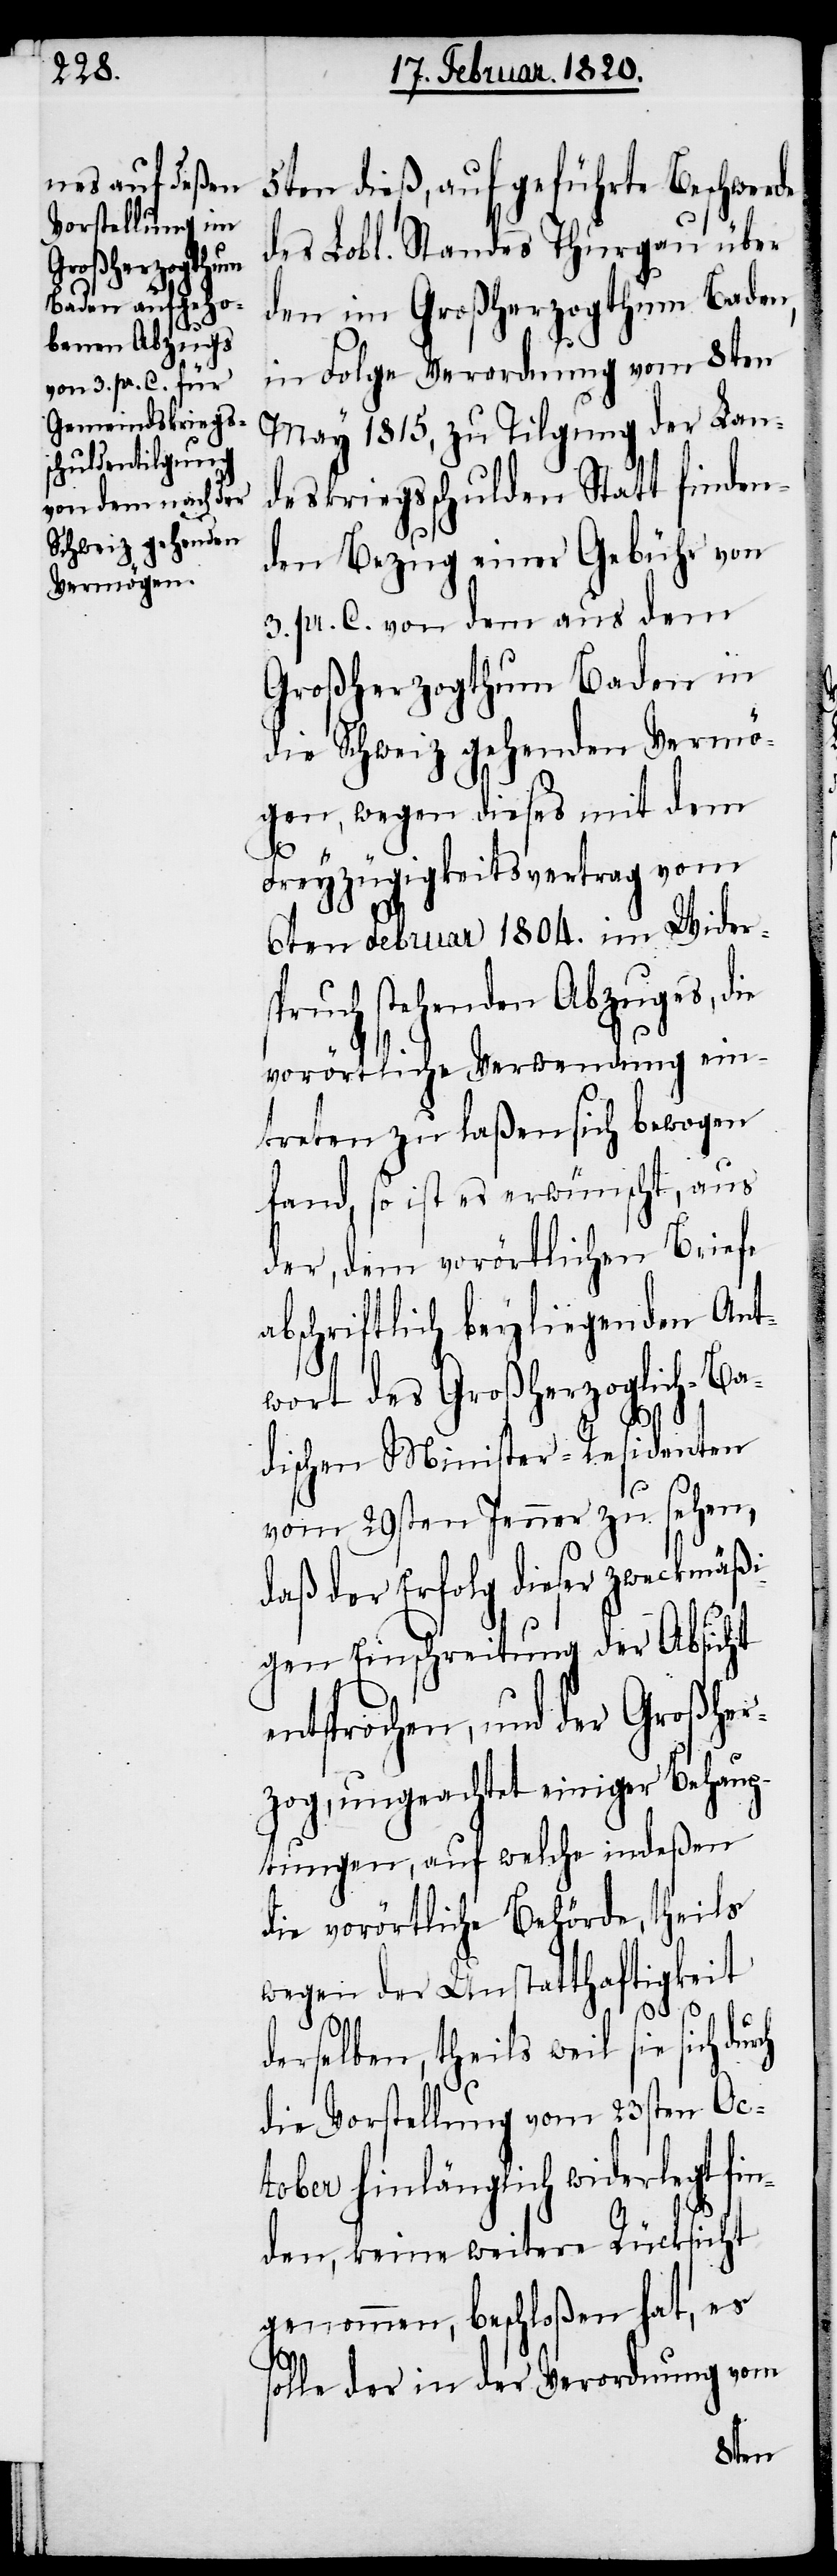
5ten dieß, auf geführte Beschwerde
des Lobl. Standes Thurgau über
den im Großherzogthum Baden,
in Folge Verordnung vom 8ten
May 1815, zu Tilgung der Lan¬
deskriegsschulden Statt finden¬
den Bezug einer Gebühr von
3. pr. C. von dem aus dem
Großherzogthum Baden in
die Schweiz gehenden Vermö¬
gen, wegen dieses mit dem
Freyzügigkeitsvertrag vom
6ten Februar 1804. im Widers¬
pruch stehenden Abzuges, die
vorörtliche Verwendung ein¬
treten zu laßen sich bewogen
fand, so ist es erwünscht, aus
der, dem vorörtlichen Briefe
abschriftlich beyliegenden Ant¬
wort des Großherzoglich-Ba¬
dischen Minister-Residenten
vom 29sten Jenner zu sehen,
daß der Erfolg dieser zweckmäßi¬
gen Einschreitung der Absicht
entsprochen, und der Großher¬
zog, ungeachtet einiger Behaup¬
tungen, auf welche indeßen
die vorörtliche Behörde, theils
wegen der Unstatthaftigkeit
derselben, theils weil sie sich durch
die Vorstellung vom 23sten Oc¬
tober hinlänglich widerlegt fin¬
den, keine weitere Rücksicht
genommen, beschloßen hat, es
solle der in der Verordnung vom